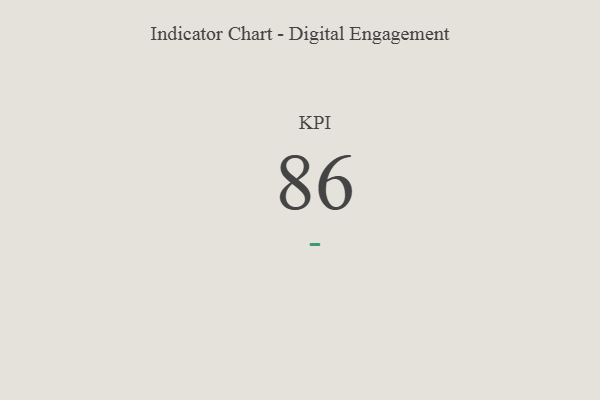
{"axis": {"x": "KPI", "y": "Value"}, "legend": [""], "data": [{"x": "KPI", "y": 86, "type": ""}]}